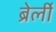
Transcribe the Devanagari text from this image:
ब्रेर्ली